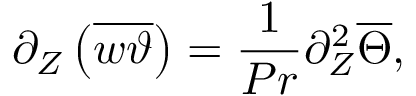
{ \partial _ { Z } } \left( \overline { { w \vartheta } } \right) = \frac { 1 } { P r } \partial _ { Z } ^ { 2 } \overline { { \Theta } } ,